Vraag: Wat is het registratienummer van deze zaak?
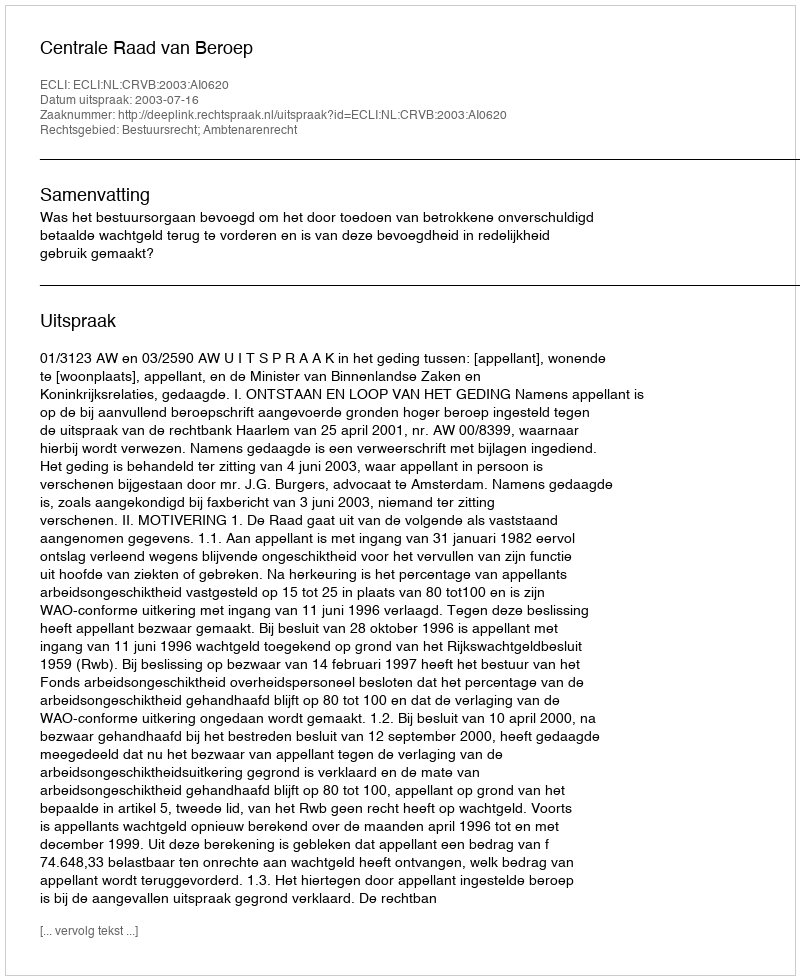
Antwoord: http://deeplink.rechtspraak.nl/uitspraak?id=ECLI:NL:CRVB:2003:AI0620